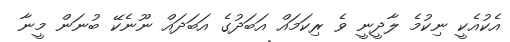
އެކުއެކީ ނިކުމެ ލާދީނީ ވެ ރިކަމައް އަބަދުގެ އަބަދައް ނޫނެކޭ ބުނަން މީނާ